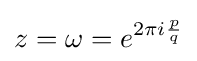
z=\omega =e^{2\pi i{\frac {p}{q}}}